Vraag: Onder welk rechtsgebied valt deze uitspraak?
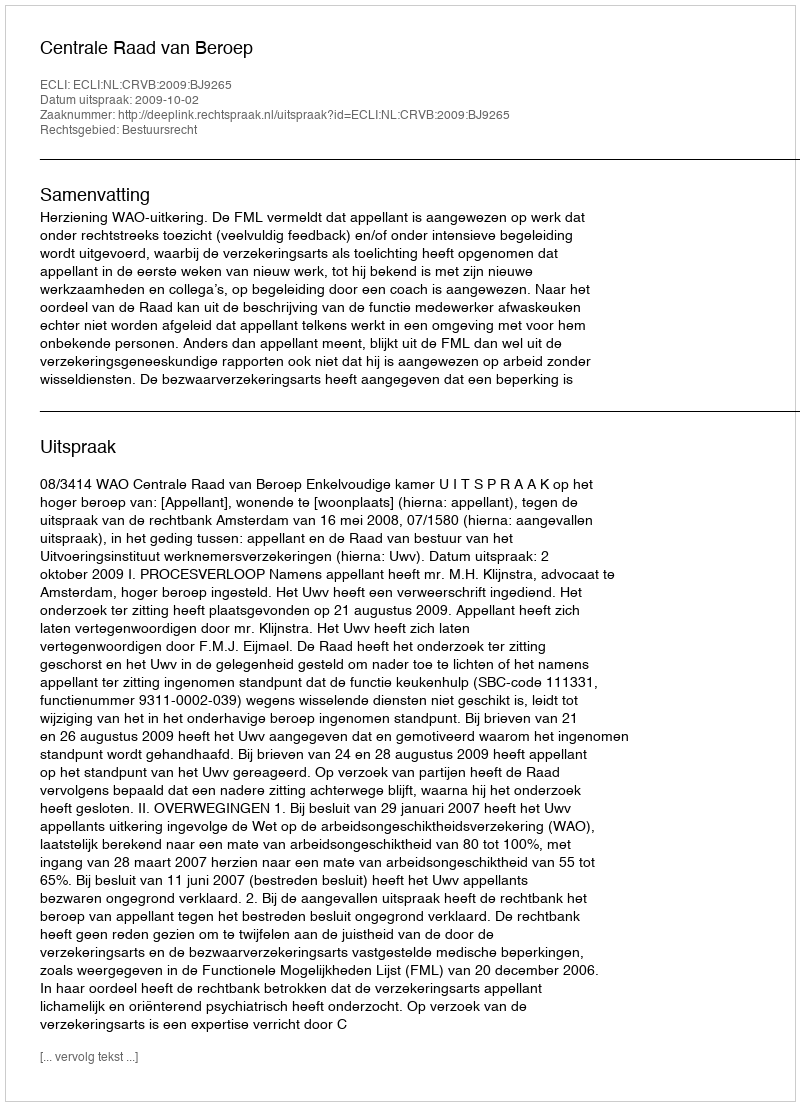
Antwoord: Bestuursrecht